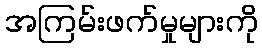
အကြမ်းဖက်မှုများကို